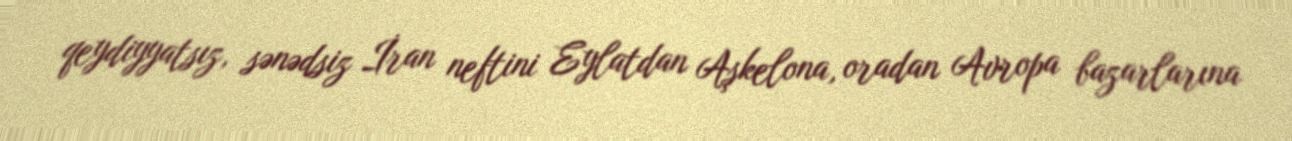
qeydiyyatsız, sənədsiz İran neftini Eylatdan Aşkelona, oradan Avropa bazarlarına